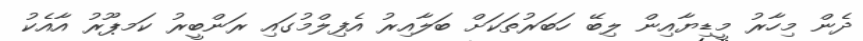
ދެން މިހާރު މީޑިޔާއިން ލިބޭ ހަބަރުތަކަށް ބަލާއިރު އެފިލްމުގައި ރަންބީރު ކަމޕޫރު އާއެކު